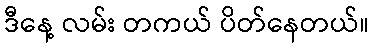
ဒီနေ့ လမ်း တကယ် ပိတ်နေတယ်။